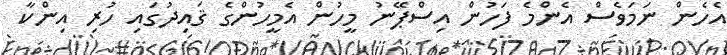
އެހެން ނަމަވެސް އެންމެ ފަހުން އިސްޕޭނު މީހުން އެމީހުންގެ ޤައިދުގައި ހުރި އިންކާ